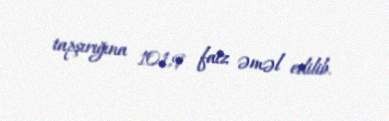
tapşırığına 101,9 faiz əməl edilib.